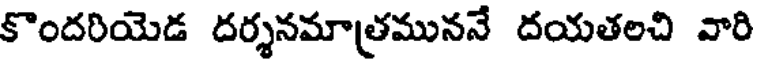
కొందరియెడ దర్శనమాత్రముననే దయతలచి వారి